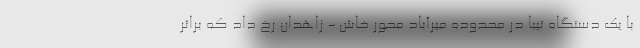
با یک دستگاه تیبا در محدوده میرآباد محور خاش - زاهدان رخ داد که براثر